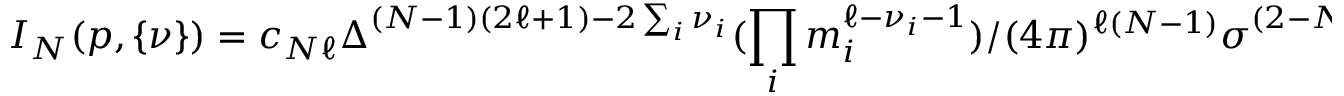
I _ { N } ( p , \{ \nu \} ) = c _ { N \ell } \Delta ^ { ( N - 1 ) ( 2 \ell + 1 ) - 2 \sum _ { i } \nu _ { i } } ( \prod _ { i } m _ { i } ^ { \ell - \nu _ { i } - 1 } ) / ( 4 \pi ) ^ { \ell ( N - 1 ) } \sigma ^ { ( 2 - N ) \ell - N + \sum _ { i } \nu _ { i } } ,